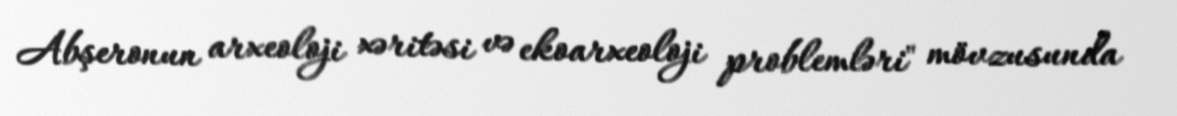
Abşeronun arxeoloji xəritəsi və ekoarxeoloji problemləri" mövzusunda